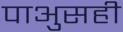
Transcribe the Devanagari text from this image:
पाअुसही